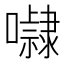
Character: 𭌚